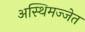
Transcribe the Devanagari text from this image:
अस्थिमज्जेत